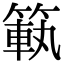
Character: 𥰳